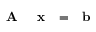
\textrm { \textbf { A } } \textrm { \textbf { x } } = \textrm { \textbf { b } }